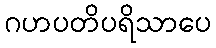
ဂဟပတိပရိသာပေ